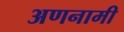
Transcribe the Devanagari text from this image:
अणनामी